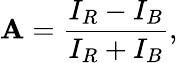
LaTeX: \mathbf{A}=\frac{{I_{R}-I_{B}}}{{I_{R}+I_{B}}},